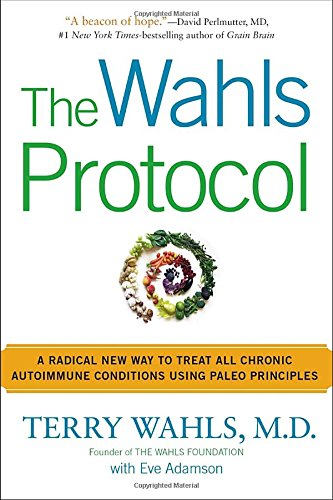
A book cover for The Wahls Protocol: A Radical New Way to Treat All Chronic Autoimmune Conditions Using Paleo Principles; Terry Wahls M.D.; Cookbooks, Food & Wine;